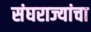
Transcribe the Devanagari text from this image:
संघराज्यांचा